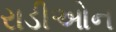
રાડીઓન